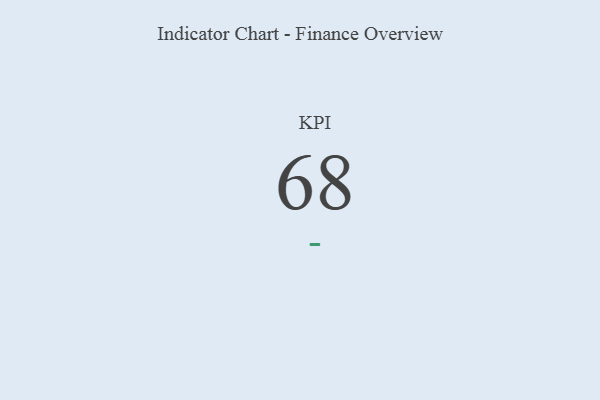
{"axis": {"x": "KPI", "y": "Value"}, "legend": [""], "data": [{"x": "KPI", "y": 68, "type": ""}]}